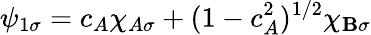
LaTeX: \psi_{1\sigma}=c_{A}\chi_{A\sigma}+(1-c_{A}^{2})^{1/2}\chi_{\mathbf{B}\sigma}